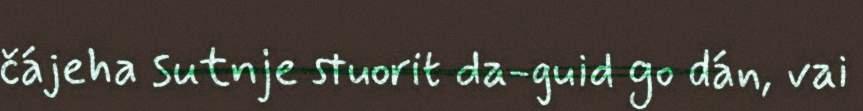
čájeha sutnje stuorit da-guid go dán, vai